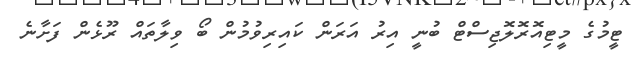
ޓީމުގެ މީޓިއޮރޮލޮޖިސްޓް ބުނީ އިރު އަރަން ކައިރިވުމުން ބޯ ވިލާތައް ރޫޅެން ފަށާނެ